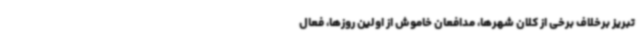
تبریز برخلاف برخی از کلان شهرها، مدافعان خاموش از اولین روزها، فعال